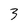
Character: 3